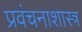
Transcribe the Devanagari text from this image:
प्रवंचनाशास्त्र